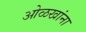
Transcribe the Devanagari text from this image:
ओळखांना